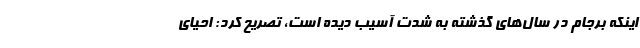
اینکه برجام در سال‌های گذشته به شدت آسیب دیده است، تصریح کرد: احیای